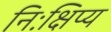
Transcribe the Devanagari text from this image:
निःक्षिप्य